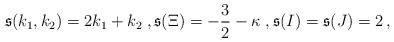
LaTeX: \begin{align*}\mathfrak{s}(k_1,k_2)=2k_1+ k_2\;,\mathfrak{s}(\Xi)= - \frac{3}{2}- \kappa\;,\mathfrak{s}(I)=\mathfrak{s}(J)=2\,,\end{align*}